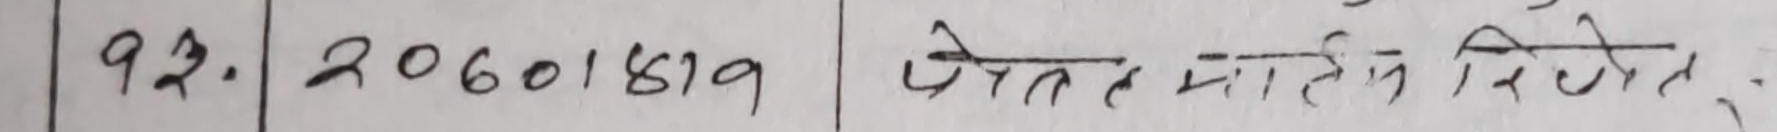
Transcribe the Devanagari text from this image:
पेतत भालेख दिसेत